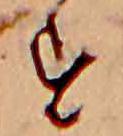
す